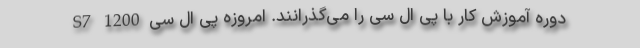
دوره آموزش کار با پی ال سی را می‌­گذرانند. امروزه پی ال سی S7 1200